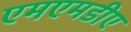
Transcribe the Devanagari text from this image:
एमएमडीए